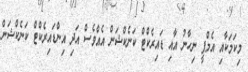
މިކަމަކާއި އެމްޕީ ނިހާނު އާއި ޑައިރެކްޓް ކަނެކްޝަން އެއްވެސް އަދި އިންޑައިރެކްޓް ކަނެކްޝަން